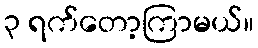
၃ ရက်တော့ကြာမယ်။